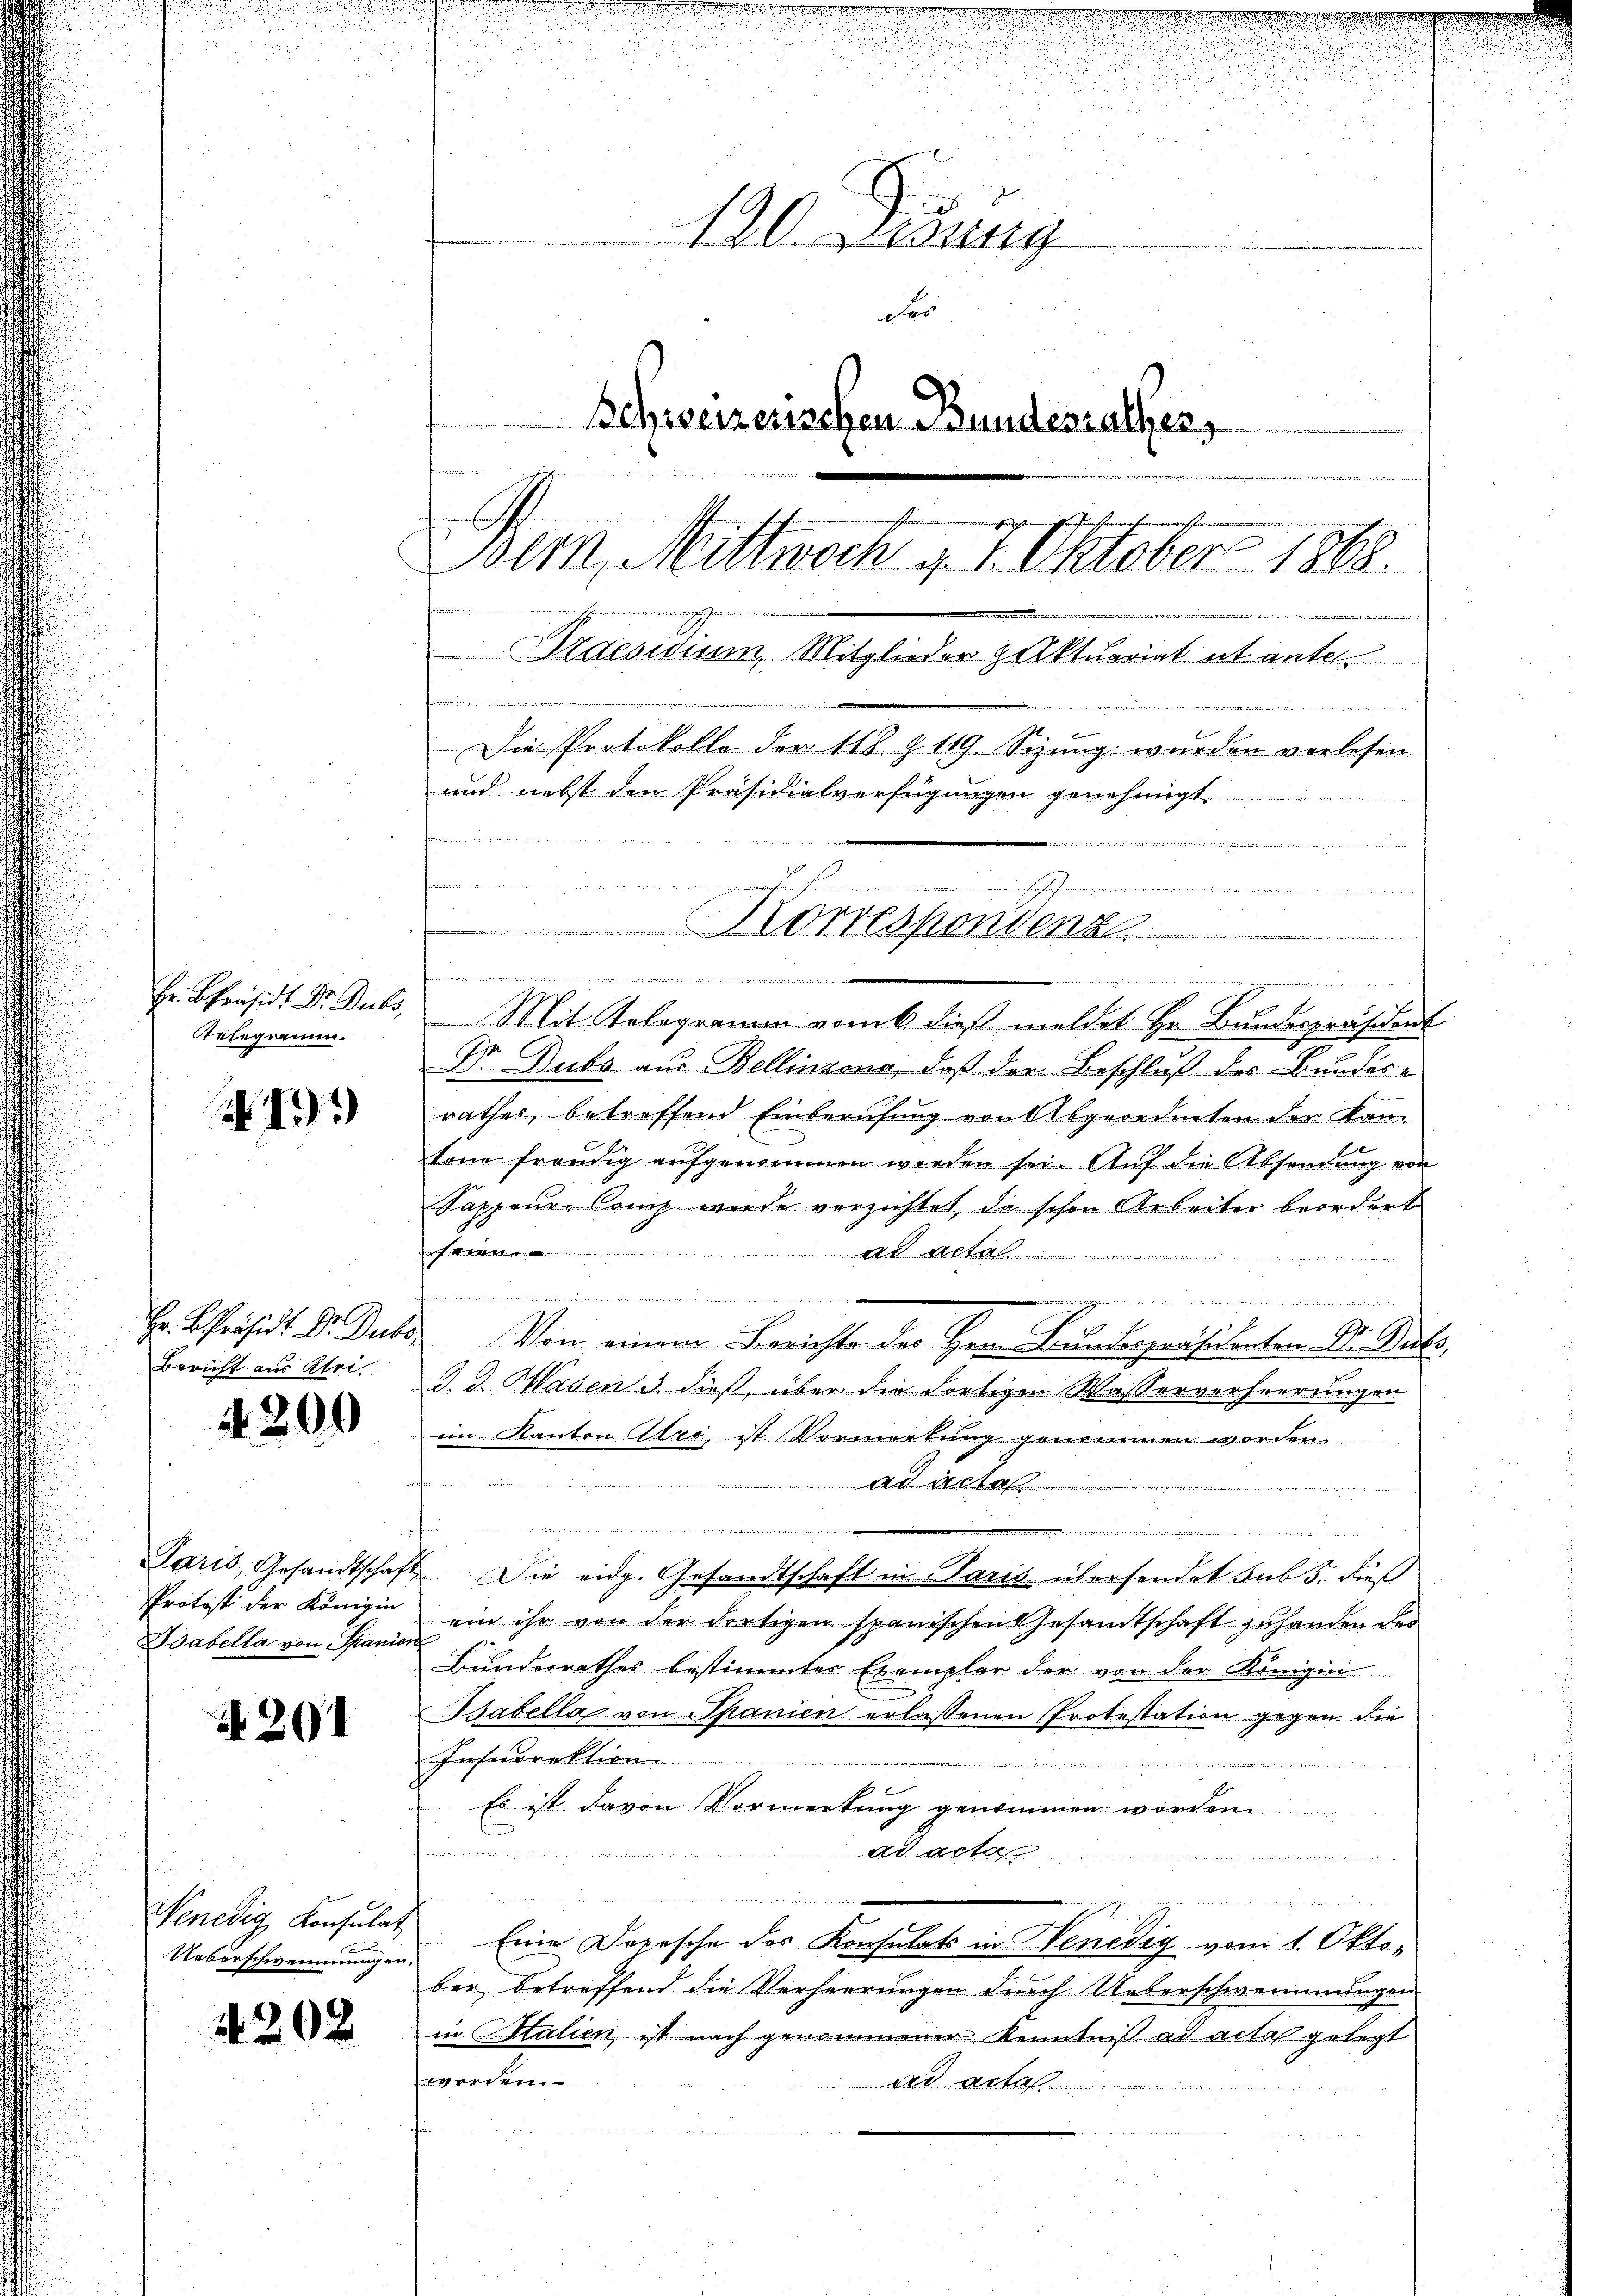
Hr. Präsid. Dr. Dubs,
Telegramm

13)

Hr. K. Präsid. Dr. Dubs
Bericht aus Aber

4200

Paris, Gesandtschaf
Protest der Königin
Babella von Spanie

A 201

Wenedig Konsulat
Ueberschwemmungen.

4202

sner er
haten und den den
e
Mit Telegramm vom 6 dieß meldet Hr. Bundespräsident
Dr. Dubs aus Bellinzona, daß der Beschluß des Bundes-
rathes, betreffend Einberufung von Abgeordneten der Kantone freudig aŭfgenommen worden sei. Aŭf die Absendŭng von
Sappeur, Comp wurde verzichtet, da schon Arbeiter beordert

Alta
 et den hat er ein

p
1
Von einem Berichte des Hrn. Bundespräsidenten Dr. Dubs,
J. J. Hasens dieß, über die dortigen Wasserverheerungen
eim Kanton Atri, ist Vormerkung genommen worden.
                                  einen der in de
ad acte

Die eidg. Gesandtschaft in Paris übersendet sub 5. dieß
ein ihr von der dortigen spanischen Gesandtschaft zuhanden der
Bundesrathes bestimmter Exemplar der von der Königin
Babella von Spanien erlassenen Protestation gegen die
Fahnerektion
Es ist davon Vormerkung genommen worden.
ad acta
i
n
 Eine Depesche des Konsulats in Benedig vom 1. Oktober, betreffend die Verherrungen durch Ueberschwemmungen
in talien, ist nach genommener Kenntniß ad acta gelegt
 werden.
ad acta
u

120. Jung
des
Schweizerischen Bundesrathes,
Bern, Mittwoch u. 7. Oktober 1868
nerin
Praesidium, Mitglieder Aktuariat et unter
.
ra
Die Protokolle der 118 § 119. Sizung wurden verlesen
und nebst den Präsidialverfügungen genehmigt.
d

Fr. 1. et und 1532
u
orresponsen ..................
 448
ree die in einreichende eine ein und die die in der ein ein